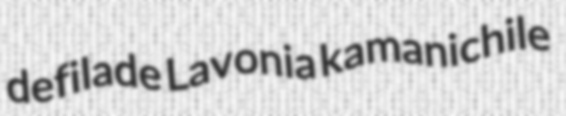
defilade Lavonia kamanichile